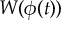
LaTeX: W ( \phi ( t ) )